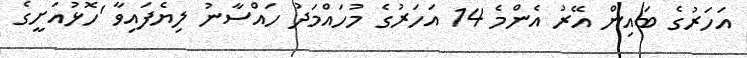
އަހަރުގެ ބައިން އޭރު އެންމެ 14 އަހަރުގެ މުހައްމަދު ހައްސާނު ލިޔެފައިވާ 'ހޮޅުއަށީގެ